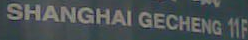
SHANGHAI GECHENG 11F